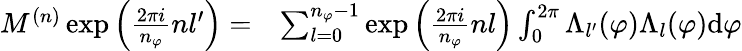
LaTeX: \begin{array}{rl}{M^{(n)}\exp{\left(\frac{2\pi i}{n_{\varphi}}nl^{\prime}\right)}=}&{\sum_{l=0}^{n_{\varphi}-1}\exp{\left(\frac{2\pi i}{n_{\varphi}}nl\right)}\int_{0}^{2\pi}\Lambda_{l^{\prime}}(\varphi)\Lambda_{l}(\varphi)\mathrm{d}\varphi}\end{array}